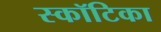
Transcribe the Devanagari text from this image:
स्कॉटिका